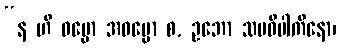
“န ဟိ ဓမ္မော အဓမ္မော စ, ဥဘော သမဝိပါကိနော၊